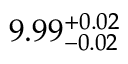
9 . 9 9 _ { - 0 . 0 2 } ^ { + 0 . 0 2 }